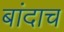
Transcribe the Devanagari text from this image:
बांदाच